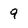
Character: 9